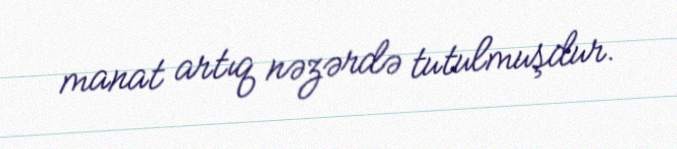
manat artıq nəzərdə tutulmuşdur.